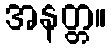
အနတ္တ။